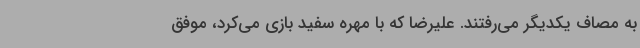
به مصاف یکدیگر می‌رفتند. علیرضا که با مهره سفید بازی می‌کرد، موفق